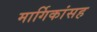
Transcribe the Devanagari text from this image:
मार्गिकांसह